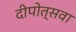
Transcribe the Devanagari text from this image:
दीपोत्सवा